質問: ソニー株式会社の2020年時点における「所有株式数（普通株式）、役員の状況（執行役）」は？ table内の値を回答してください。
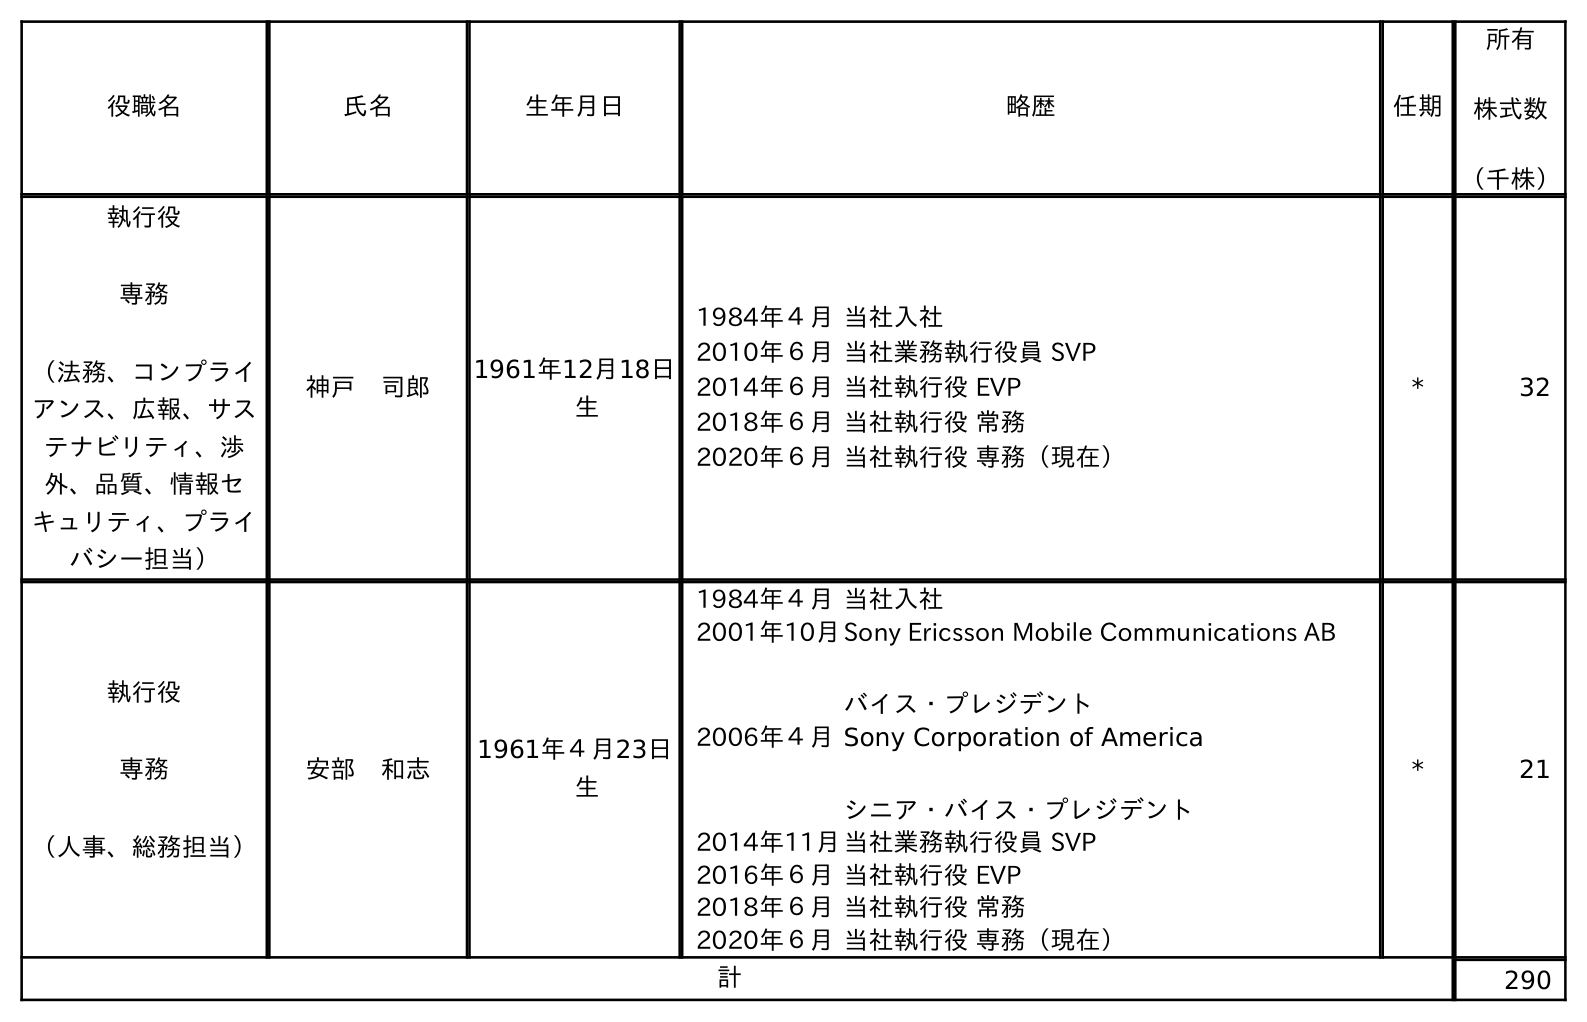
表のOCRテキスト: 役職名 氏名 生年月日 略歴 任期 所有 株式数 （千株） 執行役 専務 （法務、コンプライ アンス、広報、サス テナビリティ、渉 外、品質、情報セ キュリティ、プライ バシー担当） 神戶 司郎 1961年12月18日 生 1984年４月当社入社 2010年６月当社業務執行役員 SVP 2014年６月当社執行役 EVP 2018年６月当社執行役 常務 2020年６月当社執行役 専務（現在） * 32 執行役 専務 （人事、総務担当） 安部 和志 1961年４月23日 生 1984年４月当社入社 2001年10月Sony Ericsson Mobile Communications AB バイス・プレジデント 2006年４月Sony Corporation of America シニア・バイス・プレジデント 2014年11月当社業務執行役員 SVP 2016年６月当社執行役 EVP 2018年６月当社執行役 常務 2020年６月当社執行役 専務（現在） * 21 計 290
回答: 290